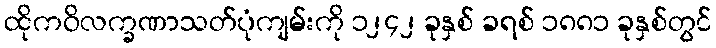
ထိုကဝိလက္ခဏာသတ်ပုံကျမ်းကို ၁၂၄၂ ခုနှစ် ခရစ် ၁၈၈၁ ခုနှစ်တွင်